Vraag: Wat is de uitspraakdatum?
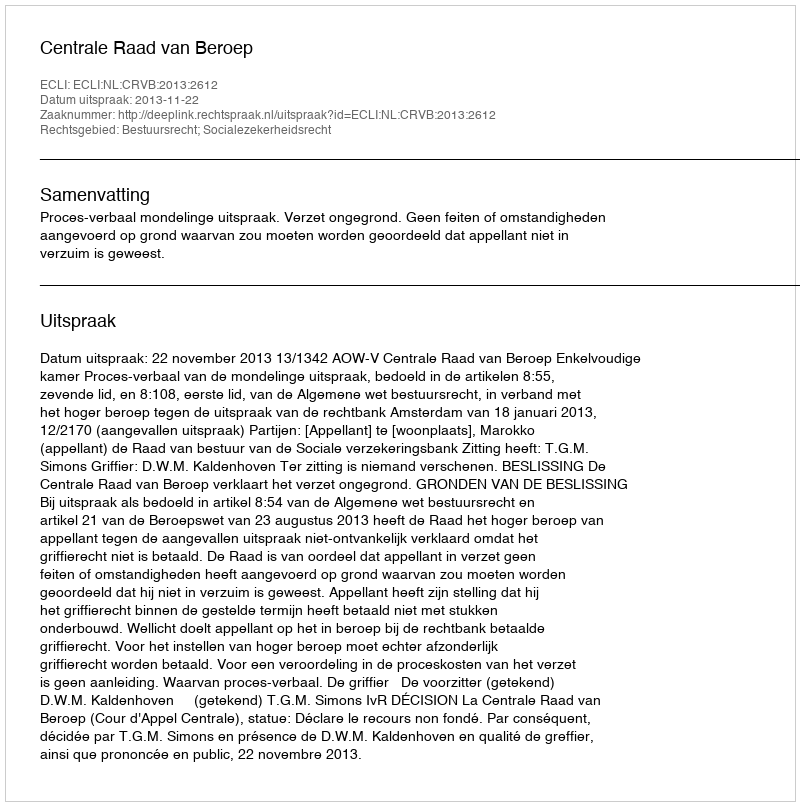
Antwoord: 2013-11-22